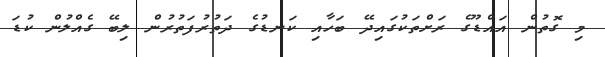
މި ގޮތުން އައްޑޫގެ ރަށްތަކުގައިދޭ ބަހާއި ކަނޑުގެ ދަތުރުފަތުރުން ލިބޭ ގެއްލުން ކުޑަ